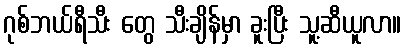
ဂုစ်ဘယ်ရီသီး တွေ သီးချိန်မှာ ခူးပြီး သူ့ဆီယူလာ။